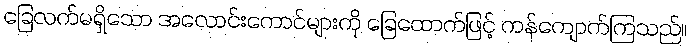
ခြေလက်မရှိသော အလောင်းကောင်များကို ခြေထောက်ဖြင့် ကန်ကျောက်ကြသည်။